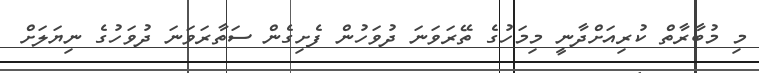
މި މުބާރާތް ކުރިއަށްދާނީ މިމަހުގެ ތޭރަވަނަ ދުވަހުން ފެށިގެން ސަތާރަވަނަ ދުވަހުގެ ނިޔަލަށް